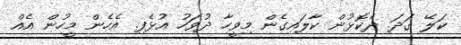
ކަލޭޭ ގަދަ. ދެކޮޅުން ކާލައިގެން މިވީހާ ދުވަހު އުޅެފި. އެހެން މީހުން އެއް